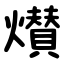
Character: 㸇